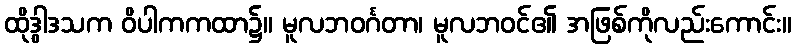
ထိုဒွါဒသက ဝိပါကကထာ၌။ မူလဘဝင်္ဂတာ၊ မူလဘဝင်၏ အဖြစ်ကိုလည်းကောင်း။